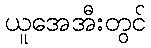
ယူအေအီးတွင်